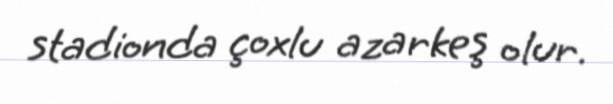
stadionda çoxlu azarkeş olur.